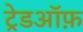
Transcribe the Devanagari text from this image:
ट्रेडऑफ़